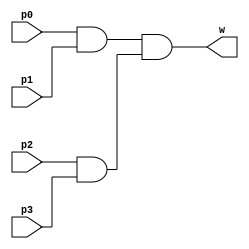
module Assignp(input p0,p1,p2,p3,output w);
  assign #(24) w=((p0&p1)&(p2&p3));
endmodule